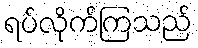
ရပ်လိုက်ကြသည်